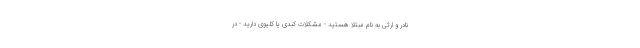
نادر و ارثی به نام مبتلا هستید - مشکلات کبدی یا کلیوی دارید - در